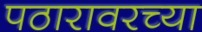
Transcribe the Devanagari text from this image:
पठारावरच्या